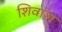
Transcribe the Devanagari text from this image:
शिवांश